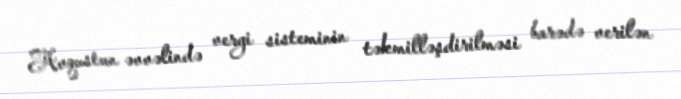
Avqustun əvvəlində vergi sisteminin təkmilləşdirilməsi barədə verilən